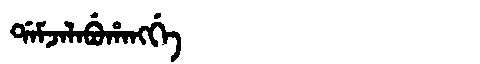
Manchu: ᡩᠠᠮᠵᠠᠯᠠᠪᡠᡥᠠᠩᡤᡝ
Romanization: DAMJALABUHANGGE